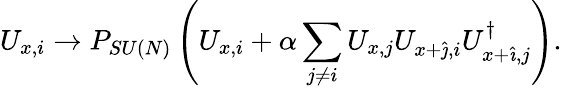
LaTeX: U_{x,i}\rightarrow P_{SU(N)}\left(U_{x,i}+\alpha\sum_{j\neq i}U_{x,j}U_{x+\hat{\jmath},i}U_{x+\hat{\imath},j}^{\dagger}\right).